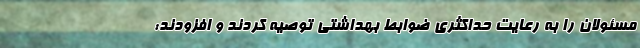
مسئولان را به رعایت حداکثری ضوابط بهداشتی توصیه کردند و افزودند: